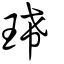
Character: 琋